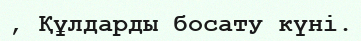
, Құлдарды босату күні.